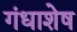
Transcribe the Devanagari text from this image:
गंधाशेष